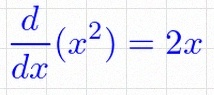
\frac{d}{dx}(x^2)=2x